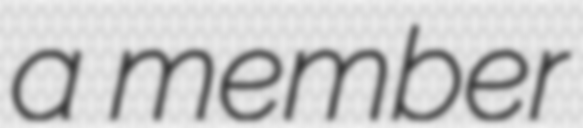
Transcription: a member